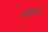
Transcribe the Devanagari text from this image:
भ्रशन